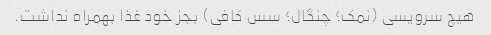
هیچ سرویسی (نمک؛ چنگال؛ سس کافی) بجز خود غذا بهمراه نداشت.